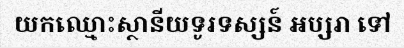
យកឈ្មោះស្ថានីយទូរទស្សន៍ អប្សរា ទៅ